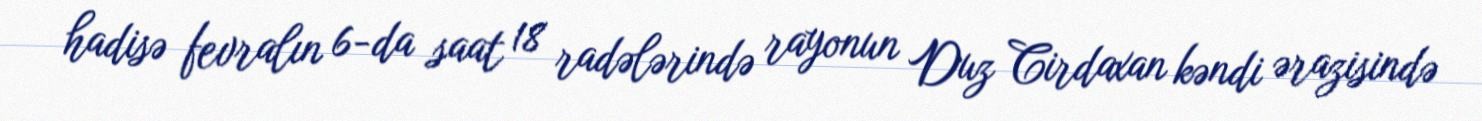
hadisə fevralın 6-da saat 18 radələrində rayonun Duz Cirdaxan kəndi ərazisində